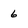
Character: 6